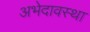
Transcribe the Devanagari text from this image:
अभेदावस्था